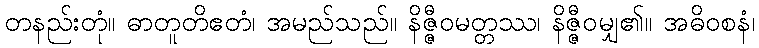
တနည်းတုံ။ ဓာတူတိဧတံ၊ အမည်သည်။ နိဇ္ဇီဝမတ္တဿ၊ နိဇ္ဇီဝမျှ၏။ အဓိဝစနံ၊